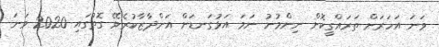
ވަނަ އަހަރަށް ތަރައްގީކޮށް ނިންމުނު ނަމަ އަޅުގަނޑަށް އަންދާޒާކުރެވޭ ގޮތުގައި 2020 ވަނަ